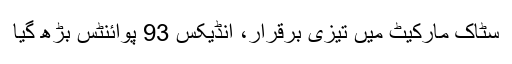
سٹاک مارکیٹ میں تیزی برقرار، انڈیکس 93 پوائنٹس بڑھ گیا